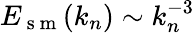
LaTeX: E_{\mathrm{~s~m~}}(k_{n})\sim k_{n}^{-3}